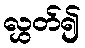
လွှတ်၍